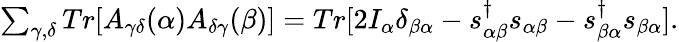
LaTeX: \begin{array}{r}{{\sum_{\gamma,\delta}Tr[A_{\gamma\delta}(\alpha)A_{\delta\gamma}(\beta)]=Tr[2I_{\alpha}\delta_{\beta\alpha}-s_{\alpha\beta}^{\dagger}s_{\alpha\beta}-s_{\beta\alpha}^{\dagger}s_{\beta\alpha}]}.}\end{array}